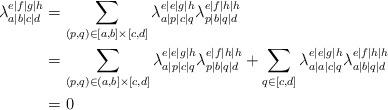
LaTeX: \begin{align*}\lambda_{a|b|c|d}^{e|f|g|h} & = \sum_{(p,q)\in [a,b]\times [c,d]} \lambda_{a|p|c|q}^{e|e|g|h} \lambda_{p|b|q|d}^{e|f|h|h}\\&= \sum_{(p,q)\in (a,b]\times [c,d]} \lambda_{a|p|c|q}^{e|e|g|h} \lambda_{p|b|q|d}^{e|f|h|h} + \sum_{q\in [c,d]} \lambda_{a|a|c|q}^{e|e|g|h} \lambda_{a|b|q|d}^{e|f|h|h}\\&=0\end{align*}